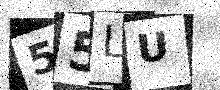
Text: 55LU